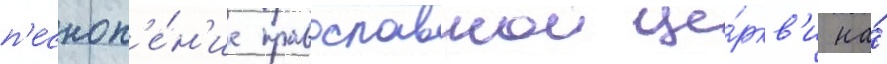
п'есноп'е́н'ие православнои це́ркв'и на́